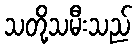
သတို့သမီးသည်